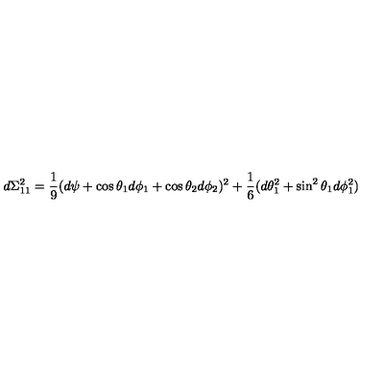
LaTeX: d \Sigma _ { 1 1 } ^ { 2 } = \frac { 1 } { 9 } ( d \psi + \cos \theta _ { 1 } d \phi _ { 1 } + \cos \theta _ { 2 } d \phi _ { 2 } ) ^ { 2 } + \frac { 1 } { 6 } ( d \theta _ { 1 } ^ { 2 } + \sin ^ { 2 } \theta _ { 1 } d \phi _ { 1 } ^ { 2 } )